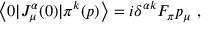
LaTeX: \left< 0 | J _ { \mu } ^ { \alpha } ( 0 ) | \pi ^ { k } ( p ) \right> = i \delta ^ { \alpha k } F _ { \pi } p _ { \mu } \ ,